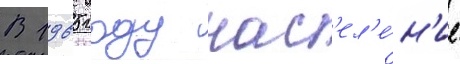
В 1965 году нас'ел'е́н'ие